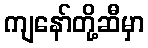
ကျနော်တို့ဆီမှာ